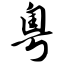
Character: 粤